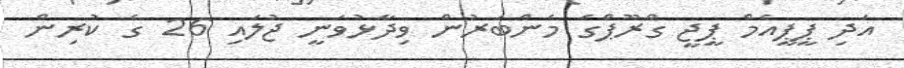
އަދި ޕީޕީއެމް ޕީޖީ ގްރޫޕްގެ މެންބަރުން ވިދާޅުވަނީ ޖުލައި 26 ގެ ކުރިން